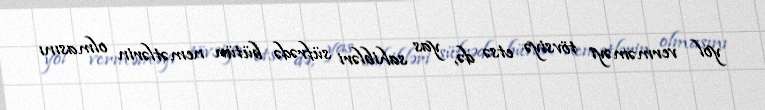
yol verməməyi tövsiyə etsə də, yas sahibləri süfrədə bütün nemətlərin olmasını